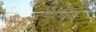
રમૂજો